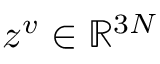
z ^ { v } \in \mathbb { R } ^ { 3 N }